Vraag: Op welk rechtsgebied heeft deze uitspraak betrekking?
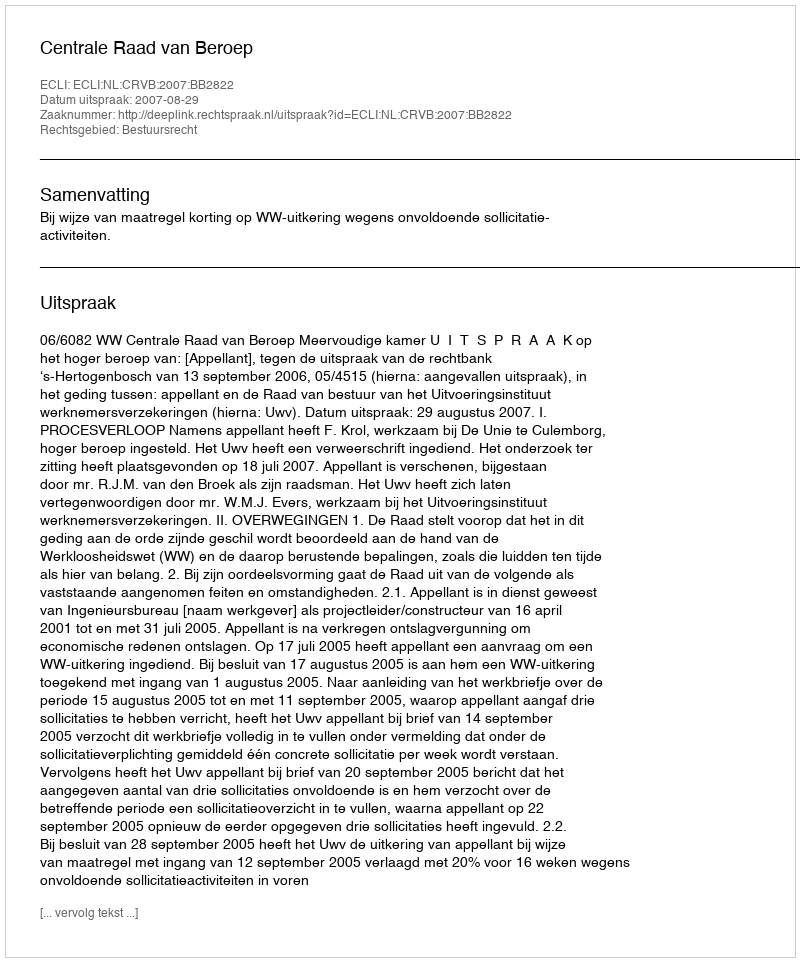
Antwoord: Bestuursrecht